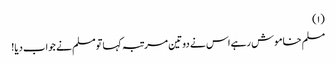
(١)
مسلم خاموش رہے اس نے دوتین مرتبہ کہا تومسلم نے جواب دیا!